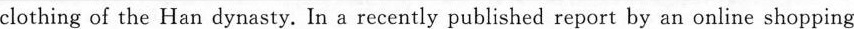
clothing of the Han dynasty. In a recently published report by an online shopping